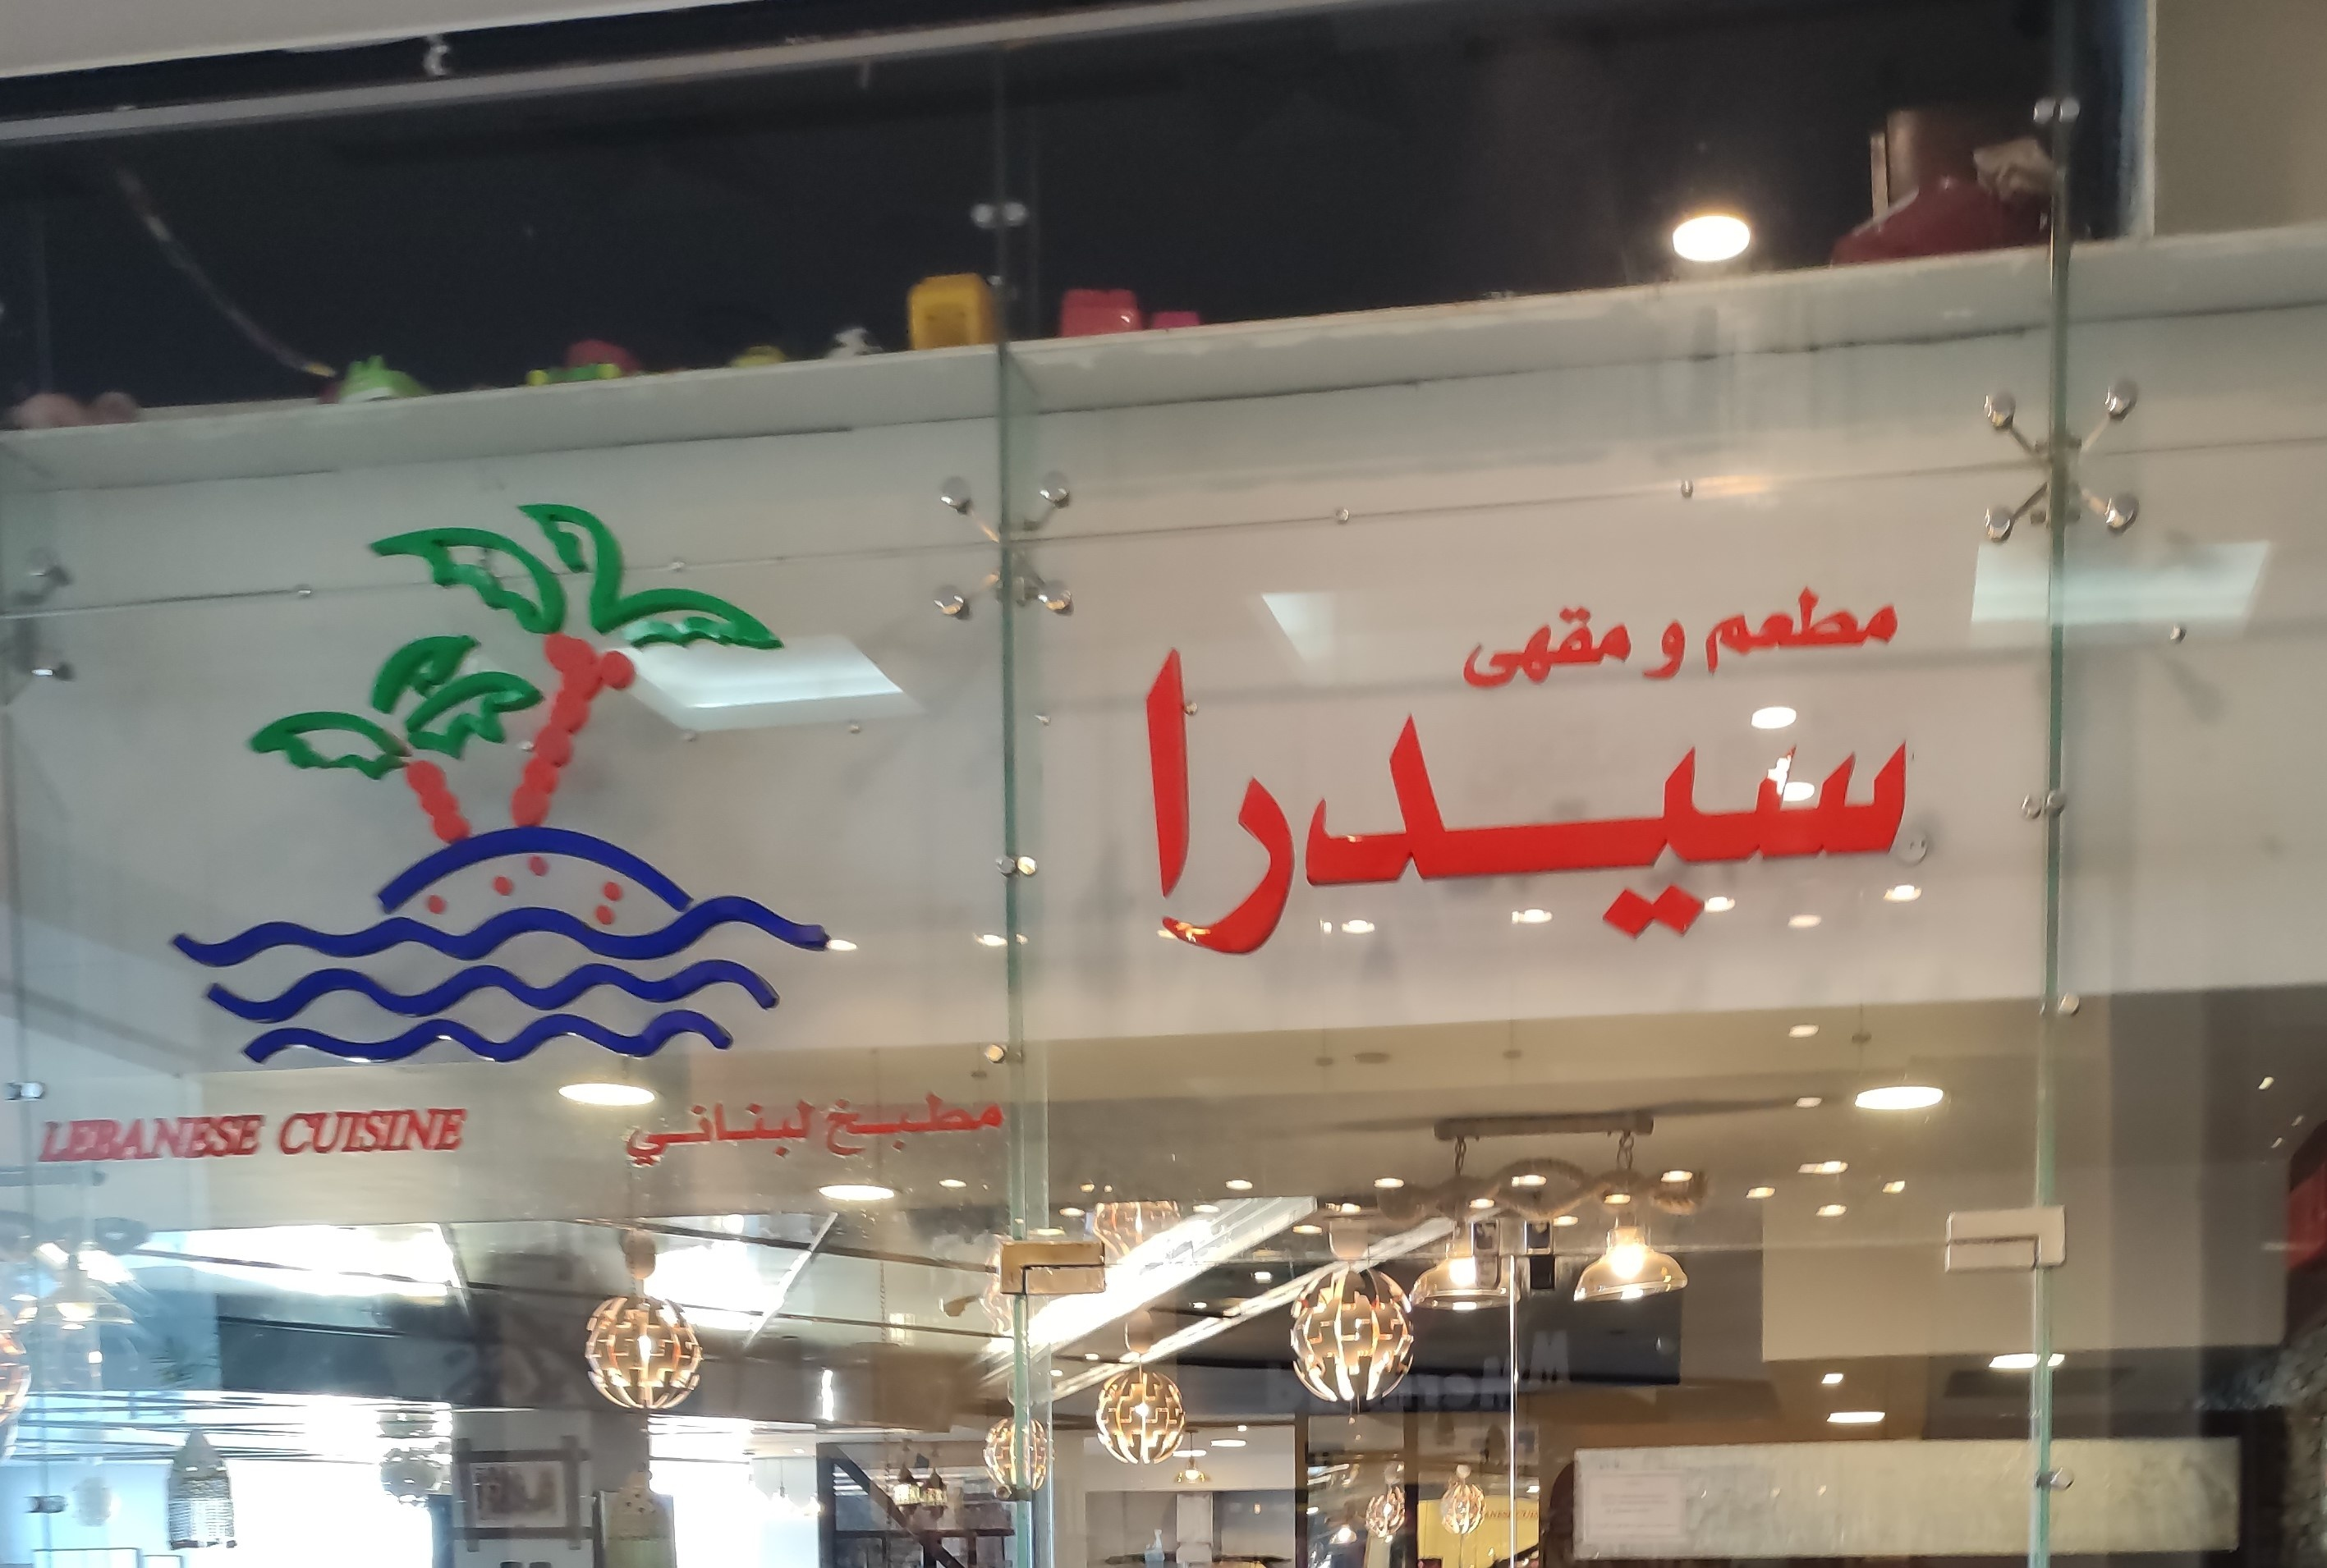
Text in image: مطعم مقهى و سيدرا مطبخ لبناني CULSINE LEBANESE